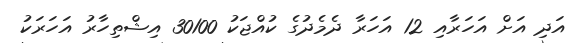
އަދި އަށް އަހަރާއި 12 އަހަރާ ދެމެދުގެ ކުއްޖަކު 30100 އިޝްތިހާރު އަހަރަކު